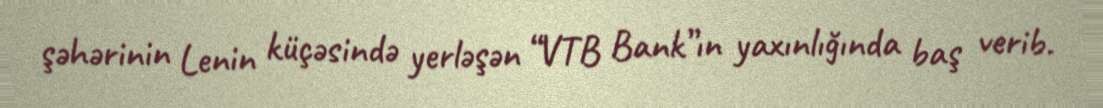
şəhərinin Lenin küçəsində yerləşən “VTB Bank”ın yaxınlığında baş verib.